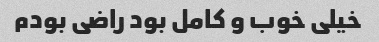
خیلی خوب و کامل بود راضی بودم